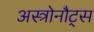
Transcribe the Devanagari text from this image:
अस्त्रोनौट्स